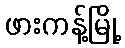
ဖားကန့်မြို့